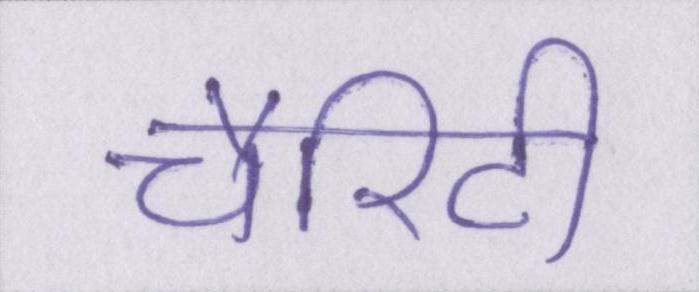
चैरिटी